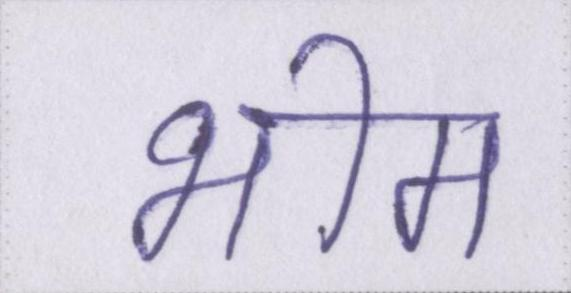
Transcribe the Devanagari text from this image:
भीम